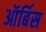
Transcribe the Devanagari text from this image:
ऑर्बिस